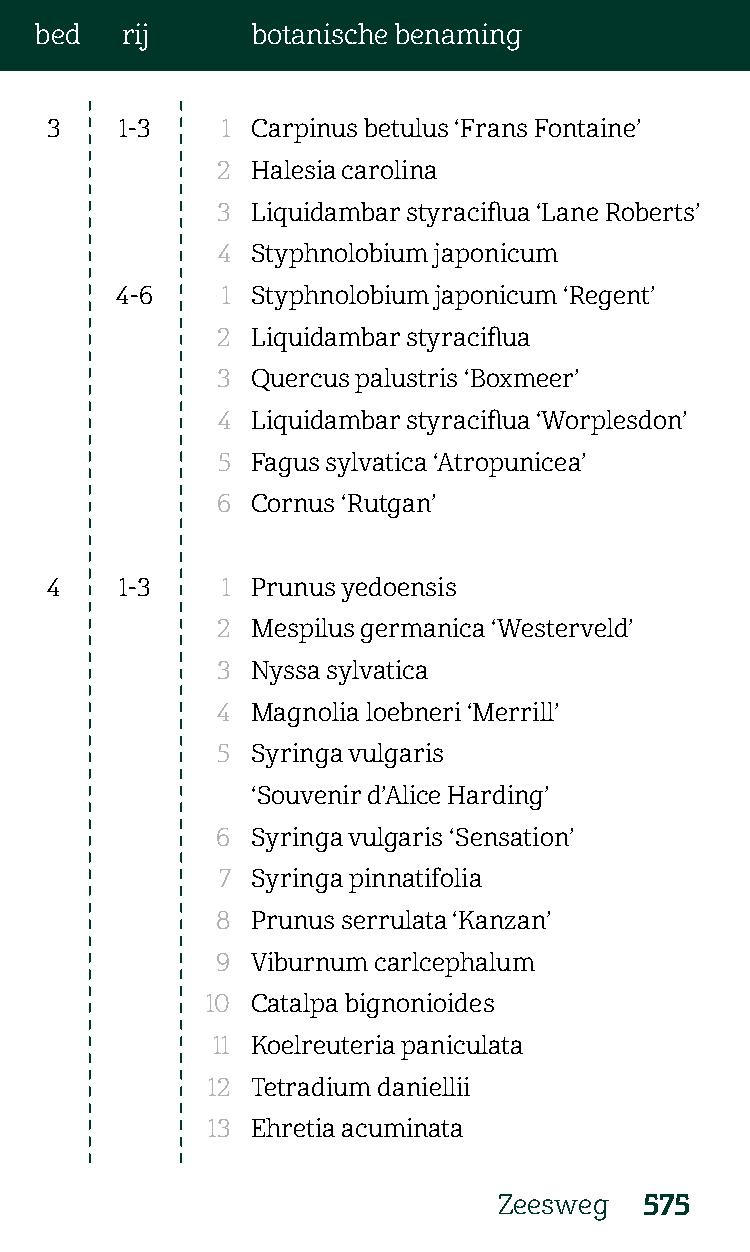
bed   rij      botanische benaming
 3    1-3    1 Carpinus betulus ‘Frans Fontaine’
 2  Halesia carolina
 3  Liquidambar styraciflua ‘Lane Roberts’
 4  Styphnolobium japonicum
 4-6    1 Styphnolobium japonicum ‘Regent’
 2  Liquidambar styraciflua
 3  Quercus palustris ‘Boxmeer’
 4  Liquidambar styraciflua ‘Worplesdon’
 5  Fagus sylvatica ‘Atropunicea’
 6  Cornus ‘Rutgan’
 4    1-3    1 Prunus yedoensis
 2  Mespilus germanica ‘Westerveld’
 3  Nyssa sylvatica
 4  Magnolia loebneri ‘Merrill’
 5  Syringa vulgaris
 ‘Souvenir d’Alice Harding’
 6  Syringa vulgaris ‘Sensation’
 7  Syringa pinnatifolia
 8  Prunus serrulata ‘Kanzan’
 9  Viburnum carlcephalum
 10 Catalpa bignonioides
 11 Koelreuteria paniculata
 12 Tetradium daniellii
 13 Ehretia acuminata
 Zeesweg   575